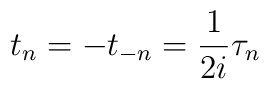
t_n=-t_{-n}=\frac{1}{2i}\tau_n